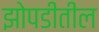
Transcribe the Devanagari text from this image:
झोपडीतील